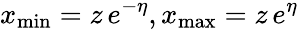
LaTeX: x_{\mathrm{min}}=z\, e^{-\eta},x_{\mathrm{max}}=z\, e^{\eta}